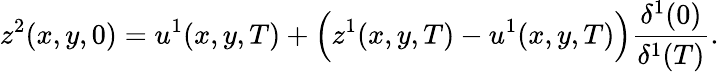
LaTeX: z^{2}(x,y,0)=u^{1}(x,y,T)+\Big(z^{1}(x,y,T)-u^{1}(x,y,T)\Big)\frac{\delta^{1}(0)}{\delta^{1}(T)}.